Vaccination in Bombay 1902-1912 - 1902-1912
Year: 1902
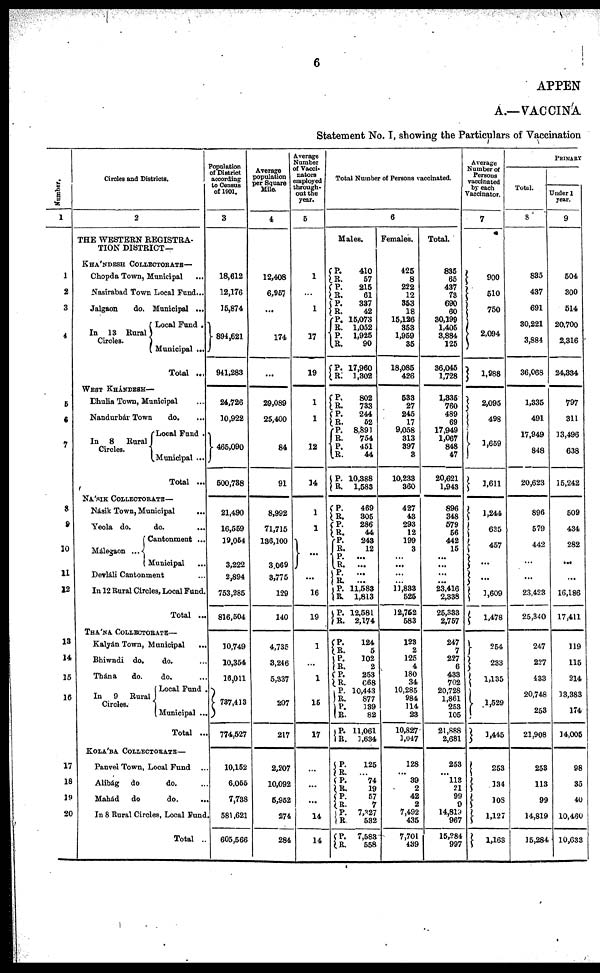
6
APPEN
A.—VACCINA
Statement No. I, showing the Particulars of Vaccination
Number.
1
1
2
3
4
5
6
7
8
9
10
11
12
13
14
15
16
17
18
19
20
Circles and Districts.
2
THE WESTERN REGISTRA-
TION DISTRICT—
KHÁNDESH COLLECTORATE—
Chopda Town, Municipal ...
Nasirabad Town Local Fund...
Jalgaon
do. Municipal ...
In 13 Rural
Circles.
Local Fund.
Municipal ...
Total ...
WEST KHÁNDESH—
Dhulia Town, Municipal ...
Nandurbár Town
do. ...
In 8
Rural
Circles.
Local Fund .
Municipal ...
Total ...
NÁSIK COLLECTORATE—
Násik Town, Municipal
...
Yeola do.
do. ...
Málegaon
...
Cantonment ...
Municipal ...
Devláli Cantonment ...
In 12 Rural Circles, Local Fund.
Total ...
THÁNA COLLECTORATE—
Kalyán Town, Municipal ...
Bhiwndi do.
do. ...
Thána
do.
do. ...
In
9
Rural
Circles.
Local Fund .
Municipal ...
Total ...
KOLÁBA COLLECTORATE—
Panvel Town, Local Fund ...
Alibág do
do. ...
Mahád
do
do.
...
In 8 Rural Circles, Local Fund.
Total ..
Population
of District
according
to Census
of 1901.
3
18,612
12,176
15,874
894,621
941,283
24,726
10,922
465,090
500,738
21,490
16,559
19,054
3,222
2,894
753,285
816,504
10,749
10,354
16,011
737,413
774,527
10,152
6,055
7,738
581 ,621
605,566
Average
population
per Square
Mile.
4
12,408
6,957
...
174
...
29,089
25,400
84
91
8,992
71,715
136,100
3,069
3,775
129
140
4,735
3,246
5,337
207
217
2,207
10,092
5,952
274
284
Average
Number
of Vacci-
nators
employed
through-
out the
year.
5
1
...
1
17
19
1
1
12
14
1
1
...
...
16
19
1
...
1
15
17
...
...
...
14
14
Total Number of Persons vaccinated.
6
Males.
P. R.
P.
R. P.
R. P.
R. P. R.
P.
R.
P.
R. P.
R. P.
R. P. R.
P.
R.
P.
R.
P.
R. P.
R.
P.
R.
P. R.
P.
R.
P.
R.
P.
R. P.
R.
P.
R. P.
R. P.
R.
P.
R.
P.
R. P.
R. P.
R.
P.
R.
P.
R.
410
57
215
61
337
42
15,073
1,052
1,925
90
17,960
1,302
802
733
244
52
8,891
754
451
44
10,388
1,583
469
305
286
44
243
12
...
...
...
...
11,583
1,813
12,581
2,174
124
5
102
2
253
668
10,443
877
139
82
11,061
1,634
125
...
74
19
57
7
7,327
532
7,583
558
Females.
425
8
222
12
353
18
15,126
353
1,959
35
18,085
426
533
27
245
17
9,058
313
397
3
10,233
360
427
43
293
12
199
3
...
...
...
...
11,833
525
12,752
583
123
2
125
4
180
34
10,285
984
114
23
10,827
1,047
128
... 39
2
42
2
7,492
435
7,701
139
Total.
835
65
437
73
690
60
30,199
1,405
3,884
125
36,045
1,728
1,335
760
489
69
17,949
1,067
848
47
20,621
1,943
896
348
579
66
442
15
...
...
...
...
23,416
2,338
25,333
2,757
247
7
227
6
433
702
20,728
1,861
253
105
21,888
2,681
253
...
113
21
99
9
14,819
967
15,284
997
Average
Number of
Persons
vaccinated
by each
Vaccinator.
7
900
510
750
2,094
1,988
2,095
498
1,659
1,611
1,244
635
457
...
...
1,609
1,478
254
233
1,135
1,529
1,445
253
134
108
1,127
1,163
PRIMARY
Total.
8
835
437
691
30,221
3,884
36,068
1,335
491
17,949
848
20,623
896
579
442
...
...
23,423
25,340
247
227
433
20,748
253
21,908
253
113
99
14,819
15,284
Under 1
year.
9
504
300
514
20,700
2,316
24,334
797
311
13,496
638
15,242
509
434
282
...
...
16,186
17,411
119
115
214
13,383
174
14,005
98
35
40
10,460
10,633